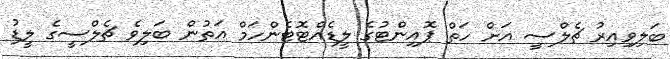
ބަލިވިއިރު ޗެލްސީ އަށް ހަތް ޕޮއިންޓުގެ ލީޑެއްޓޮޓެންހަމް އަތުން ބަލިވެ ޗެލްސީގެ ލީޑު